Scottish Certificate of Education, 1963
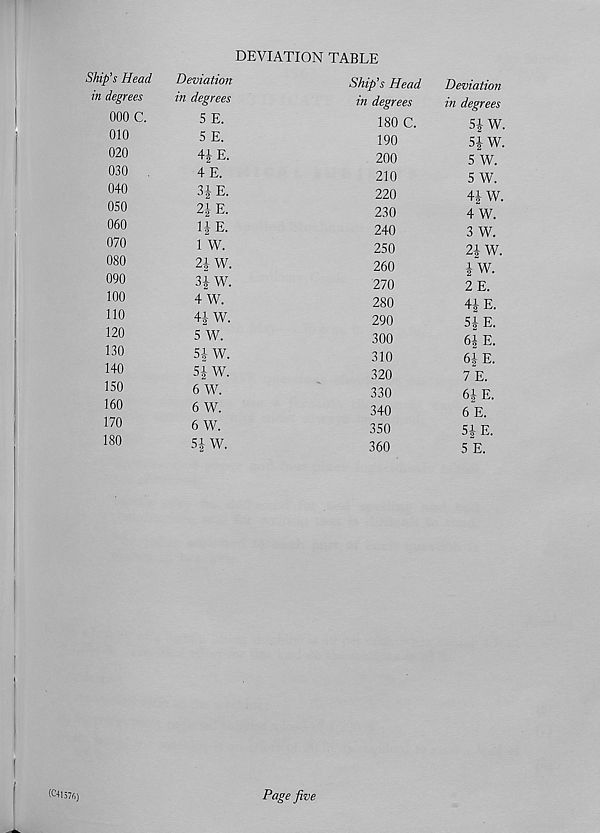
(^41576)
DEVIATION TABLE
Ship’s Head
Deviation
Ship’s Head
in degrees
in degrees
{ n degrees
000 C -
5 E -
180 C.
010
5 E.
190
020
41E.
200
030
4 E.
210
040
3J E.
220
050
2J E.
230
060
U E.
240
070
l w.
250
080
21 W.
260
°90
31 W.
270
100
4 W.
280
HO
4JW.
290
120
5 W.
300
no
s-iw.
310
140
5J W.
320
150
6 W.
330
] 60
6 W.
340
170
6 W.
350
180
Si W.
3 6 o
Page five
Deviation
in degrees
5| W.
51 W.
5 W.
5 W.
4J W.
4 W.
3 W.
2i W.
iW.
2 E.
41 E.
51 E.
6i E.
61 E.
7 E.
61 E.
6 E.
51 E.
5 E.